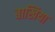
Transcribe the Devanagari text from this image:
बाखिया